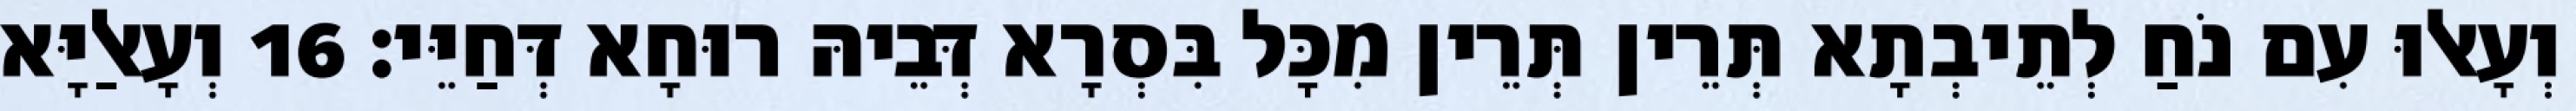
וְעָאלוּ עִם נֹחַ לְתֵיבְתָא תְּרֵין תְּרֵין מִכָּל בִּסְרָא דְּבֵיהּ רוּחָא דְּחַיֵּי׃ 16 וְעָאלַיָּא